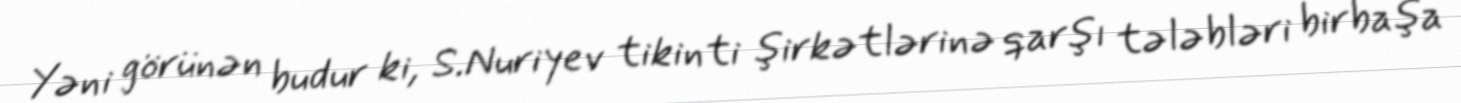
Yəni görünən budur ki, S.Nuriyev tikinti şirkətlərinə qarşı tələbləri birbaşa